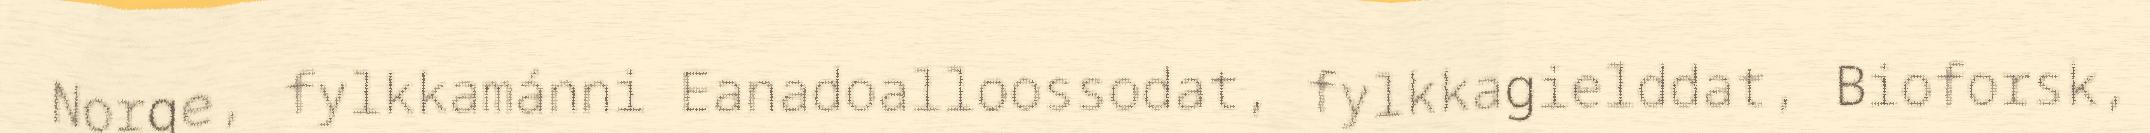
Norge, fylkkamánni Eanadoalloossodat, fylkkagielddat, Bioforsk,